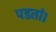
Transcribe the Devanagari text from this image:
पडतां।